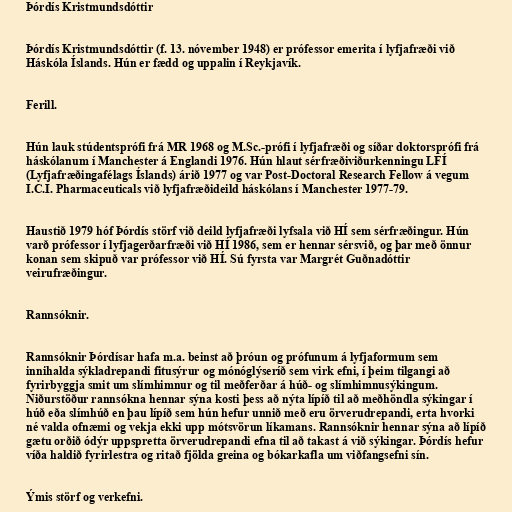
Þórdís Kristmundsdóttir

Þórdís Kristmundsdóttir (f. 13. nóvember 1948) er prófessor emerita í lyfjafræði við
Háskóla Íslands. Hún er fædd og uppalin í Reykjavík.

Ferill.

Hún lauk stúdentsprófi frá MR 1968 og M.Sc.-prófi í lyfjafræði og síðar doktorsprófi frá
háskólanum í Manchester á Englandi 1976. Hún hlaut sérfræðiviðurkenningu LFÍ
(Lyfjafræðingafélags Íslands) árið 1977 og var Post-Doctoral Research Fellow á vegum
I.C.I. Pharmaceuticals við lyfjafræðideild háskólans í Manchester 1977-79.

Haustið 1979 hóf Þórdís störf við deild lyfjafræði lyfsala við HÍ sem sérfræðingur. Hún
varð prófessor í lyfjagerðarfræði við HÍ 1986, sem er hennar sérsvið, og þar með önnur
konan sem skipuð var prófessor við HÍ. Sú fyrsta var Margrét Guðnadóttir
veirufræðingur.

Rannsóknir.

Rannsóknir Þórdísar hafa m.a. beinst að þróun og prófunum á lyfjaformum sem
innihalda sýkladrepandi fitusýrur og mónóglýseríð sem virk efni, í þeim tilgangi að
fyrirbyggja smit um slímhimnur og til meðferðar á húð- og slímhimnusýkingum.
Niðurstöður rannsókna hennar sýna kosti þess að nýta lípíð til að meðhöndla sýkingar í
húð eða slímhúð en þau lípíð sem hún hefur unnið með eru örverudrepandi, erta hvorki
né valda ofnæmi og vekja ekki upp mótsvörun líkamans. Rannsóknir hennar sýna að lípíð
gætu orðið ódýr uppspretta örverudrepandi efna til að takast á við sýkingar. Þórdís hefur
víða haldið fyrirlestra og ritað fjölda greina og bókarkafla um viðfangsefni sín.

Ýmis störf og verkefni.